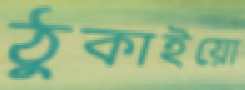
ঠুকাইয়ো